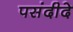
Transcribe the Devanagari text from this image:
पसंदीदे